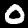
Digit: 0